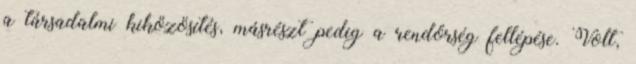
a társadalmi kiközösítés, másrészt pedig a rendőrség fellépése. Volt,